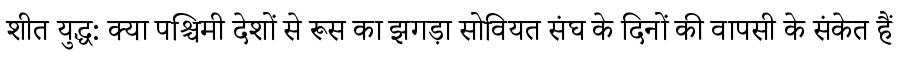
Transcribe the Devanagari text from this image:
शीत युद्ध: क्या पश्चिमी देशों से रूस का झगड़ा सोवियत संघ के दिनों की वापसी के संकेत हैं